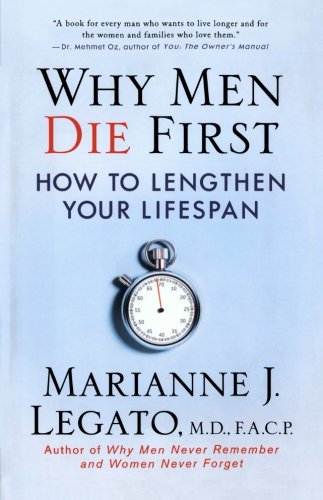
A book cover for Why Men Die First: How to Lengthen Your Lifespan; Marianne J. Legato; Health, Fitness & Dieting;